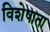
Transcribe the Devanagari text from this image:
विशेषाता